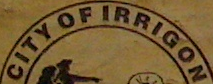
CITY OF IRRIGON